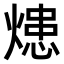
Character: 𤍲